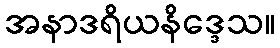
အနာဒရိယနိဒ္ဒေသ။